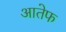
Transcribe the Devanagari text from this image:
आतेफ